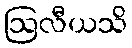
ဩလီယသိ